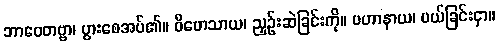
ဘာဝေတဗ္ဗာ၊ ပွားစေအပ်၏။ ဝိဟေသာယ၊ ညှဉ်းဆဲခြင်းကို။ ပဟာနာယ၊ ပယ်ခြင်းငှာ။